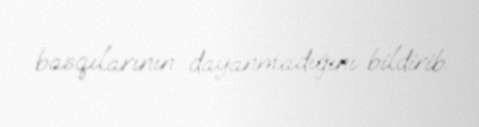
basqılarının dayanmadığını bildirib.